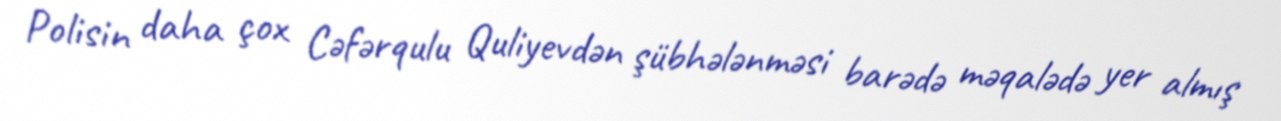
Polisin daha çox Cəfərqulu Quliyevdən şübhələnməsi barədə məqalədə yer almış